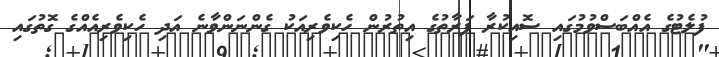
ފުލެޓުގެ އެއްބަސްވުމުގައި ސޮއިކުރާ ފަރާތުގެ އިތުރުން ހެކިވެރިއަކު ގެންނަންވާނެ އަދި ހެކިވެރިއެއްގެ ގޮތުގައި